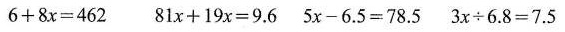
$$6+8x=462$$ $$81x+19x=9.6$$ $$ 5x-6.5=78.5 $$